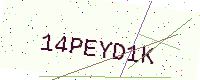
Text: 14PEYD1K